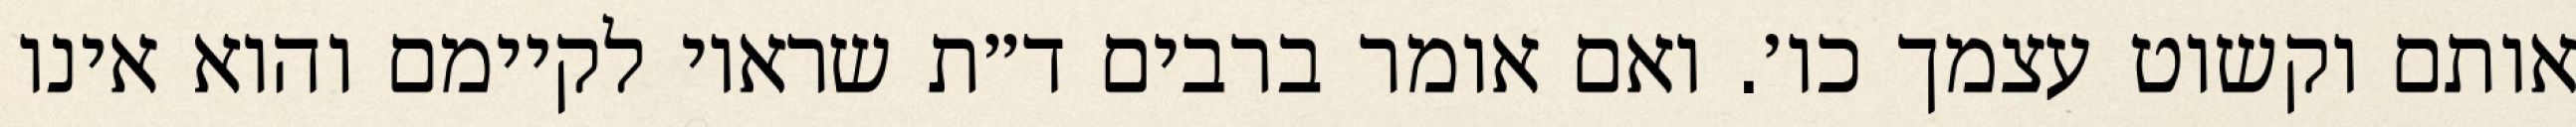
אותם וקשוט עצמך כו׳. ואם אומר ברבים ד״ת שראוי לקיימם והוא אינו